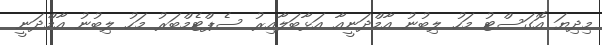
މިދިޔަ އޮގަސްޓު މަހު ލިބުނު އާމްދަނީއާ އަޅާބަލާއިރު ސެޕްޓެމްބަރު މަހު ލިބުނު އާމްދަނީ